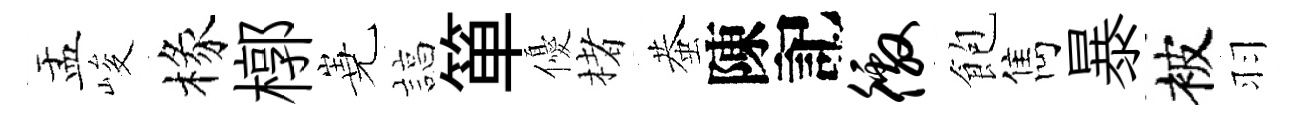
盂峻椽槨嶤諄箪優楮蛬陳記徼飽雋暴被羽